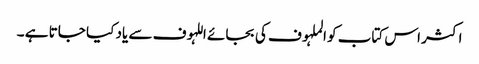
اکثر اس کتاب کو الملہوف کی بجائے اللہوف سے یاد کیا جاتا ہے ۔